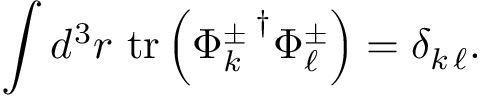
\int d ^ { 3 } r ~ \mathrm { t r } \left( { \Phi _ { k } ^ { \pm } \, } ^ { \dagger } \Phi _ { \ell } ^ { \pm } \right) = \delta _ { k \, \ell } .